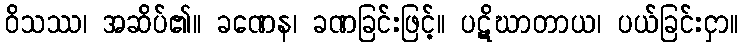
ဝိသဿ၊ အဆိပ်၏။ ခဏေန၊ ခဏခြင်းဖြင့်။ ပဋိဃာတာယ၊ ပယ်ခြင်းငှာ။